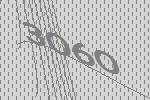
3060